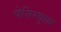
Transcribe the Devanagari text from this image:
पेनिस्युला